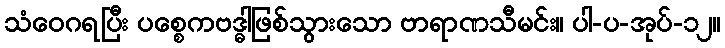
သံဝေဂရပြီး ပစ္စေကဗဒ္ဓါဖြစ်သွားသော ဗာရာဏသီမင်း။ ပါ-ပ-အုပ်-၁၂။